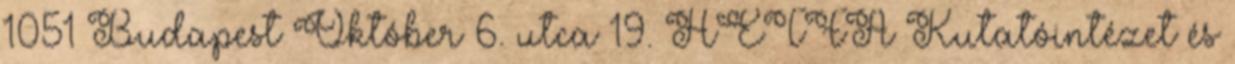
1051 Budapest Október 6. utca 19. HÉTFA Kutatóintézet és